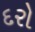
દરો